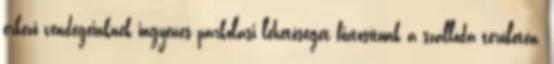
érkező vendégeinknek ingyenes parkolási lehetőséget biztosítunk a szálloda területén.